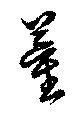
董